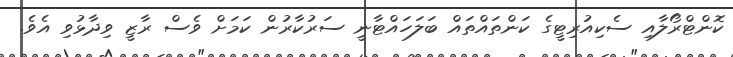
ކޮންޓްރޯލާއި ސެކިއުރިޓީގެ ކަންތައްތައް ބަލަހައްޓާނީ ސަރުކާރުން ކަމަށް ވެސް ރާޒީ ވިދާޅުވި އެވެ.